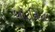
બૉટનિકલ